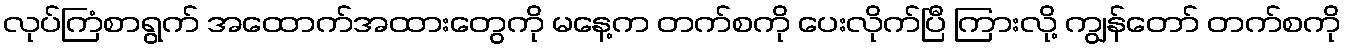
လုပ်ကြံစာရွက် အထောက်အထားတွေကို မနေ့က တက်စကို ပေးလိုက်ပြီ ကြားလို့ ကျွန်တော် တက်စကို